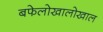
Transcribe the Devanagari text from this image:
बफेलोखालोखाल